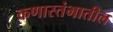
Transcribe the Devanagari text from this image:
कणास्तंभातील